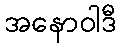
အနောဝါဒီ